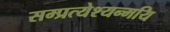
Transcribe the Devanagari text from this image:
सम्प्रत्येश्यन्मयि